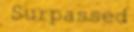
Surpassed